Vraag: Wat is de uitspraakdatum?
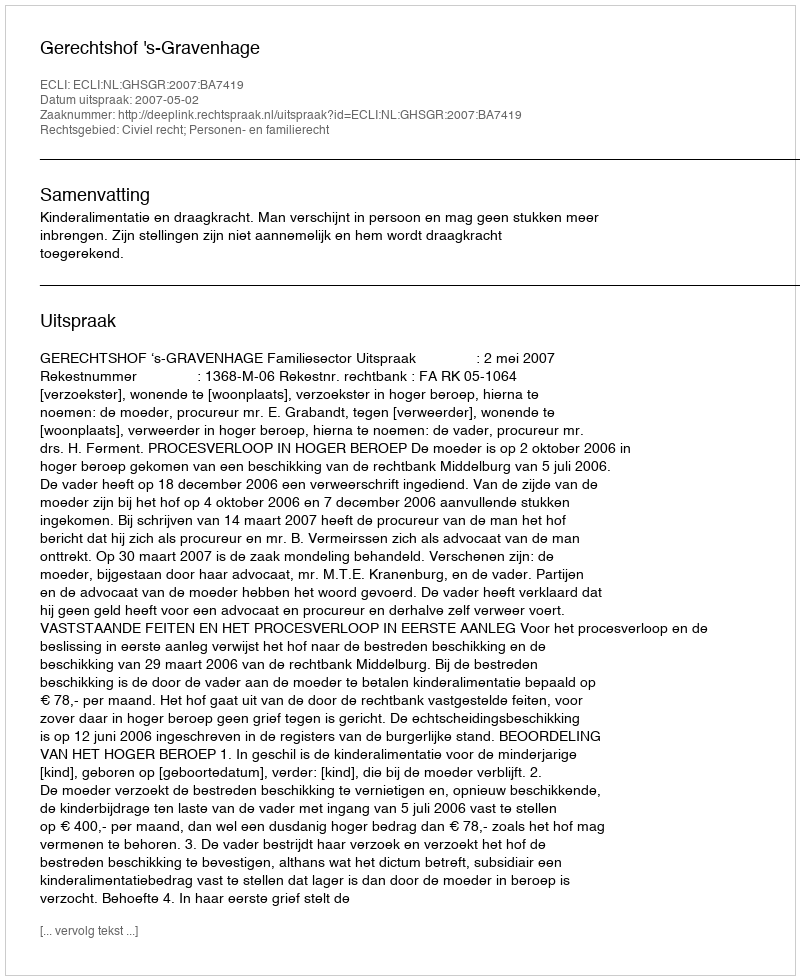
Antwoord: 2007-05-02